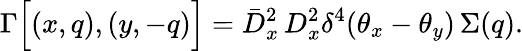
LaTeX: \Gamma\Big[(x,q),(y,-q)\Big]=\bar{D}_{x}^{2}\, D_{x}^{2}\delta^{4}(\theta_{x}-\theta_{y})\, \Sigma(q).